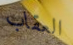
العقاب